Civil Veterinary Dept. Assam report 1927-50 - 1927-1950
Year: 1927
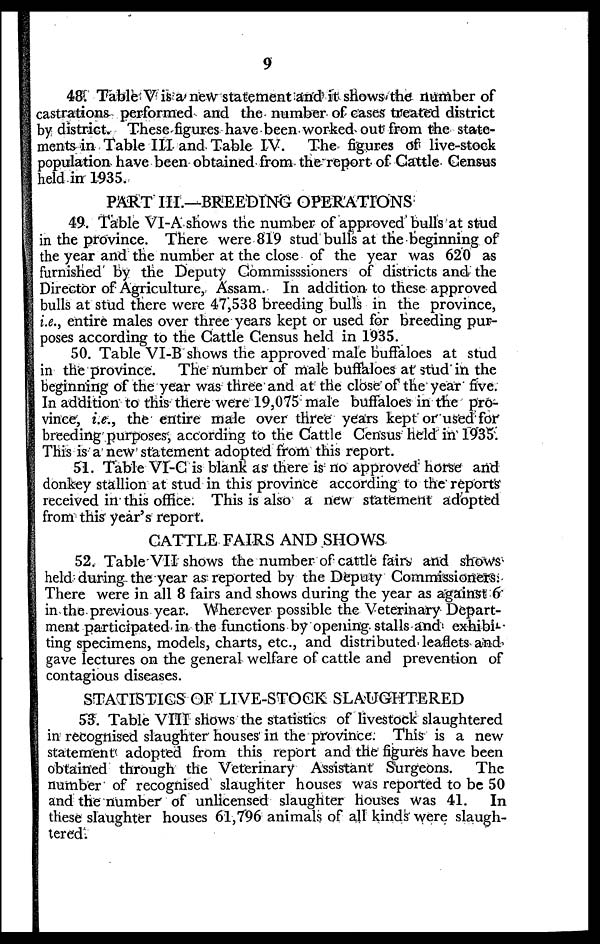
9
48. Table V is a new statement and it shows the number of
castrations performed and the number of cases treated district
by district. These figures have been worked out from the state-
ments in Table III and Table IV.
The figures of live-stock
population have been obtained from the report of Cattle Census
held in 1935.
PART III.—BREEDING OPERATIONS
49. Table VI-A shows the number of approved bulls at stud
in the province. There were 819 stud bulls at the beginning of
the year and the number at the close of the year was 620 as
furnished by the Deputy Commisssioners of districts and the
Director of Agriculture, Assam. In addition to these approved
bulls at stud there were 47,538 breeding bulls in the province,
i.e., entire males over three years kept or used for breeding pur-
poses according to the Cattle Census held in 1935.
50. Table VI-B shows the approved male buffaloes at stud
in the province. The number of male buffaloes at stud in the
beginning of the year was three and at the close of the year five.
In addition to this there were 19,075 male buffaloes in the pro-
vince, i.e., the entire male over three years kept or used for
breeding purposes, according to the Cattle Census held in 1935.
This is a new statement adopted from this report.
51. Table VI-C is blank as there is no approved horse and
donkey stallion at stud in this province according to the reports
received in this office. This is also a new statement adopted
from this year's report.
CATTLE FAIRS AND SHOWS
52. Table VII shows the number of cattle fairs and shows
held during the year as reported by the Deputy Commissioners.
There were in all 8 fairs and shows during the year as against 6
in the previous year. Wherever possible the Veterinary Depart-
ment participated in the functions by opening stalls and exhibi-
ting specimens, models, charts, etc., and distributed leaflets and
gave lectures on the general welfare of cattle and prevention of
contagious diseases.
STATISTICS OF LIVE-STOCK SLAUGHTERED
53. Table VIII shows the statistics of livestock slaughtered
in recognised slaughter houses in the province. This is a new
statement adopted from this report and the figures have been
obtained through the Veterinary Assistant Surgeons.
The
number of recognised slaughter houses was reported to be 50
and the number of unlicensed slaughter houses was 41. In
these slaughter houses 61,796 animals of all kinds were slaugh-
tered.